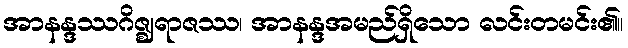
အာနန္ဒဿဂိဇ္ဈရာဇဿ၊ အာနန္ဒအမည်ရှိသော လင်းတမင်း၏။